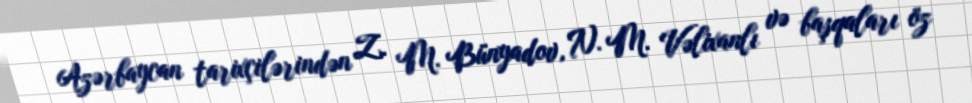
Azərbaycan tarixçilərindən Z. M. Bünyadov, N. M. Vəlixanlı və başqaları öz